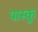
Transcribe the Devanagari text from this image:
पास्कु